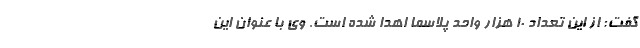
گفت: از این تعداد ۱۰ هزار واحد پلاسما اهدا شده است. وی با عنوان این